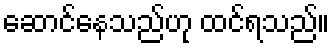
ဆောင်နေသည်ဟု ထင်ရသည်။